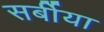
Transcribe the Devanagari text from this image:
सर्बीया